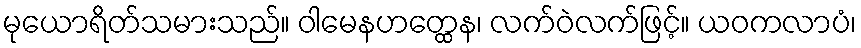
မုယောရိတ်သမားသည်။ ဝါမေနဟတ္ထေန၊ လက်ဝဲလက်ဖြင့်။ ယဝကလာပံ၊